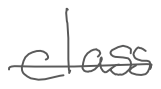
Text: class
Cross-out: single-line
Writing tool: digital_gray